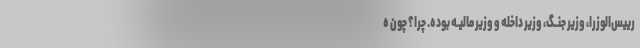
رییس‌الوزرا، وزیر جنـگ، وزیر داخله و وزیر مالیـه بوده. چرا؟ چون ه